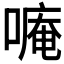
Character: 𫫡